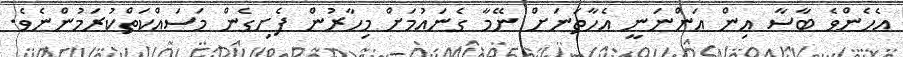
އެހެންވެ ބާސާ އިން އަންނަނީ އެހާތަނަށް ނޭމާ ގެނައުމަށް މިހާރުން ފެށިގެން މަސައްކަތްކުރަމުންނެވެ.